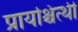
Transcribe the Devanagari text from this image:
प्रायश्चित्थी